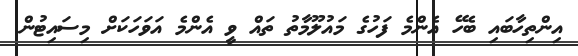
އިންތިހާބައި ބެހޭ އެންމެ ފަހުގެ މައުލޫމާތު ތައް ވީ އެންމެ އަވަހަކަށް މިސައިޓުން